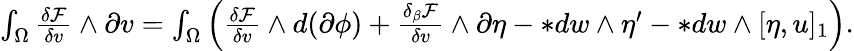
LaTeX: \begin{array}{r}{\int_{\Omega}\frac{\delta\mathcal{F}}{\delta v}\wedge\partial v=\int_{\Omega}\Big(\frac{\delta\mathcal{F}}{\delta v}\wedge d(\partial\phi)+\frac{\delta_{\beta}\mathcal{F}}{\delta v}\wedge\partial\eta-\ast dw\wedge\eta^{\prime}-\ast dw\wedge[\eta,u]_{1}\Big).}\end{array}